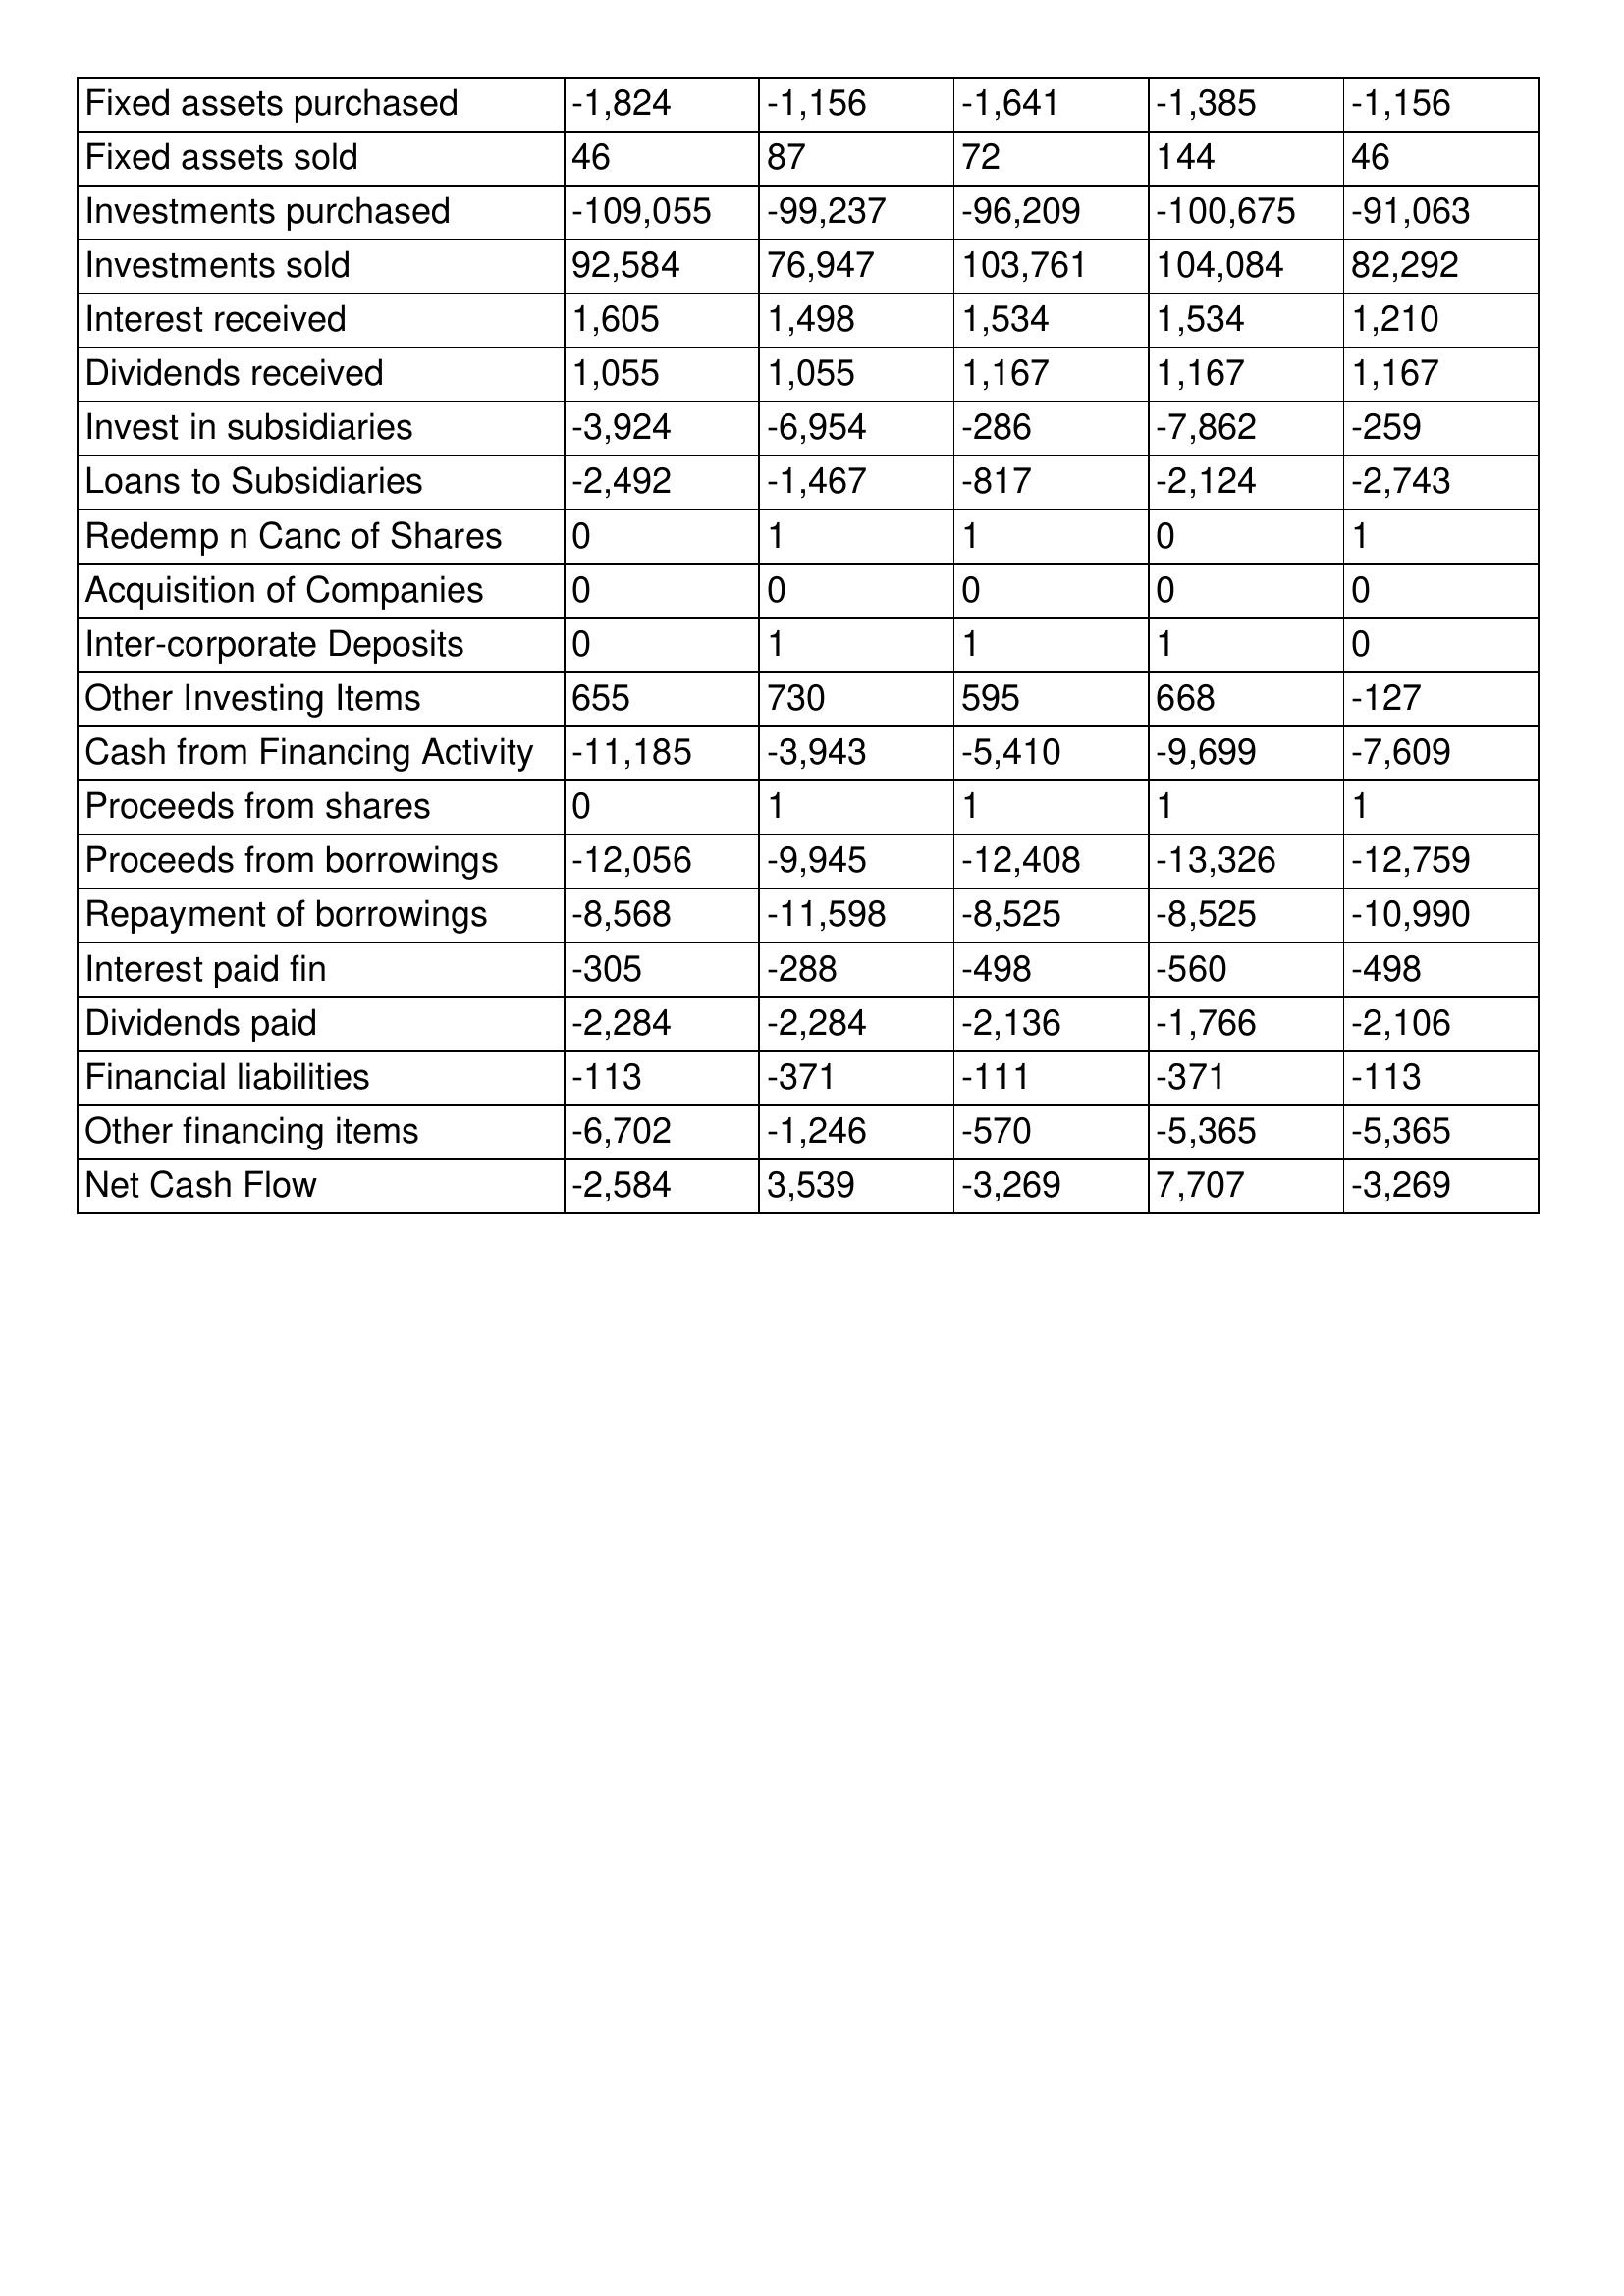
gt_parse: 2018: Cash Flows: Fixed assets purchased: -1,824
Fixed assets sold: 46
Investments purchased: -109,055
Investments sold: 92,584
Interest received: 1,605
Dividends received: 1,055
Invest in subsidiaries: -3,924
Loans to Subsidiaries: -2,492
Redemp n Canc of Shares: 0
Acquisition of Companies: 0
Inter-corporate Deposits: 0
Other Investing Items: 655
Cash from Financing Activity: -11,185
Proceeds from shares: 0
Proceeds from borrowings: -12,056
Repayment of borrowings: -8,568
Interest paid fin: -305
Dividends paid: -2,284
Financial liabilities: -113
Other financing items: -6,702
Net Cash Flow: -2,584
2017: Cash Flows: Fixed assets purchased: -1,156
Fixed assets sold: 87
Investments purchased: -99,237
Investments sold: 76,947
Interest received: 1,498
Dividends received: 1,055
Invest in subsidiaries: -6,954
Loans to Subsidiaries: -1,467
Redemp n Canc of Shares: 1
Acquisition of Companies: 0
Inter-corporate Deposits: 1
Other Investing Items: 730
Cash from Financing Activity: -3,943
Proceeds from shares: 1
Proceeds from borrowings: -9,945
Repayment of borrowings: -11,598
Interest paid fin: -288
Dividends paid: -2,284
Financial liabilities: -371
Other financing items: -1,246
Net Cash Flow: 3,539
2016: Cash Flows: Fixed assets purchased: -1,641
Fixed assets sold: 72
Investments purchased: -96,209
Investments sold: 103,761
Interest received: 1,534
Dividends received: 1,167
Invest in subsidiaries: -286
Loans to Subsidiaries: -817
Redemp n Canc of Shares: 1
Acquisition of Companies: 0
Inter-corporate Deposits: 1
Other Investing Items: 595
Cash from Financing Activity: -5,410
Proceeds from shares: 1
Proceeds from borrowings: -12,408
Repayment of borrowings: -8,525
Interest paid fin: -498
Dividends paid: -2,136
Financial liabilities: -111
Other financing items: -570
Net Cash Flow: -3,269
2015: Cash Flows: Fixed assets purchased: -1,385
Fixed assets sold: 144
Investments purchased: -100,675
Investments sold: 104,084
Interest received: 1,534
Dividends received: 1,167
Invest in subsidiaries: -7,862
Loans to Subsidiaries: -2,124
Redemp n Canc of Shares: 0
Acquisition of Companies: 0
Inter-corporate Deposits: 1
Other Investing Items: 668
Cash from Financing Activity: -9,699
Proceeds from shares: 1
Proceeds from borrowings: -13,326
Repayment of borrowings: -8,525
Interest paid fin: -560
Dividends paid: -1,766
Financial liabilities: -371
Other financing items: -5,365
Net Cash Flow: 7,707
2014: Cash Flows: Fixed assets purchased: -1,156
Fixed assets sold: 46
Investments purchased: -91,063
Investments sold: 82,292
Interest received: 1,210
Dividends received: 1,167
Invest in subsidiaries: -259
Loans to Subsidiaries: -2,743
Redemp n Canc of Shares: 1
Acquisition of Companies: 0
Inter-corporate Deposits: 0
Other Investing Items: -127
Cash from Financing Activity: -7,609
Proceeds from shares: 1
Proceeds from borrowings: -12,759
Repayment of borrowings: -10,990
Interest paid fin: -498
Dividends paid: -2,106
Financial liabilities: -113
Other financing items: -5,365
Net Cash Flow: -3,269